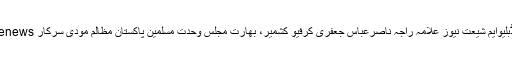
MWM shiitenews اقوام متحدہ ایم ڈبلیوایم شیعت نیوز علامہ راجہ ناصرعباس جعفری کرفیو کشمیر، بھارت مجلس وحدت مسلمین پاکستان مظالم مودی سرکار